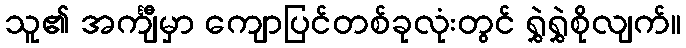
သူ၏ အင်္ကျီမှာ ကျောပြင်တစ်ခုလုံးတွင် ရွှဲရွှဲစိုလျက်။